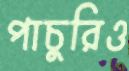
পাচুরিও